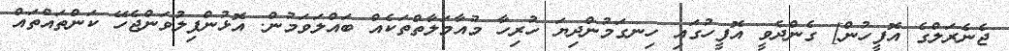
ޖެނެރަލްގެ އޮފީހުން] ގެންދެވީ އޮފީހުގައި ހިނގަމުންދިޔަ ހުރިހާ މުއާމަލާތްތަކެއް ބައްލަވަމުން. އޮޅުންފިލުވަންޖެހޭ ކަންތައްތައް